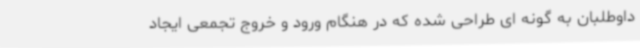
داوطلبان به گونه ای طراحی شده که در هنگام ورود و خروج تجمعی ایجاد